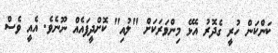
ކަންކަން ހުރީ ގެދޮރު އެޅޭ މިންވަރަކަށް "ލުއި" ކޮށްދީފައެއް ނޫނެވެ. އެއީ ވެސް